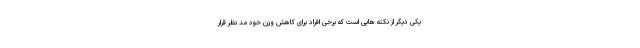
یکی دیگر از نکته هایی است که برخی افراد برای کاهش وزن خود مد نظر قرار